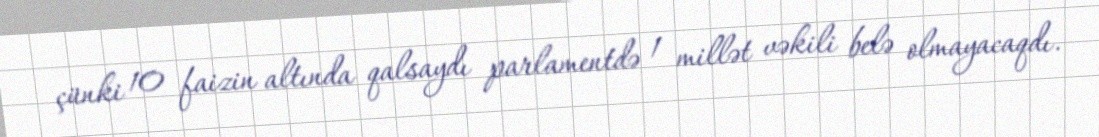
çünki 10 faizin altında qalsaydı parlamentdə 1 millət vəkili belə olmayacaqdı.